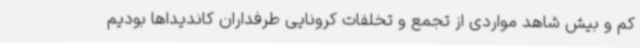
کم و بیش شاهد مواردی از تجمع و تخلفات کرونایی طرفداران کاندیداها بودیم